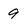
Character: 9